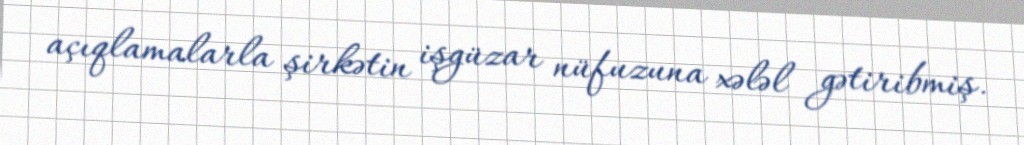
açıqlamalarla şirkətin işgüzar nüfuzuna xələl gətiribmiş.